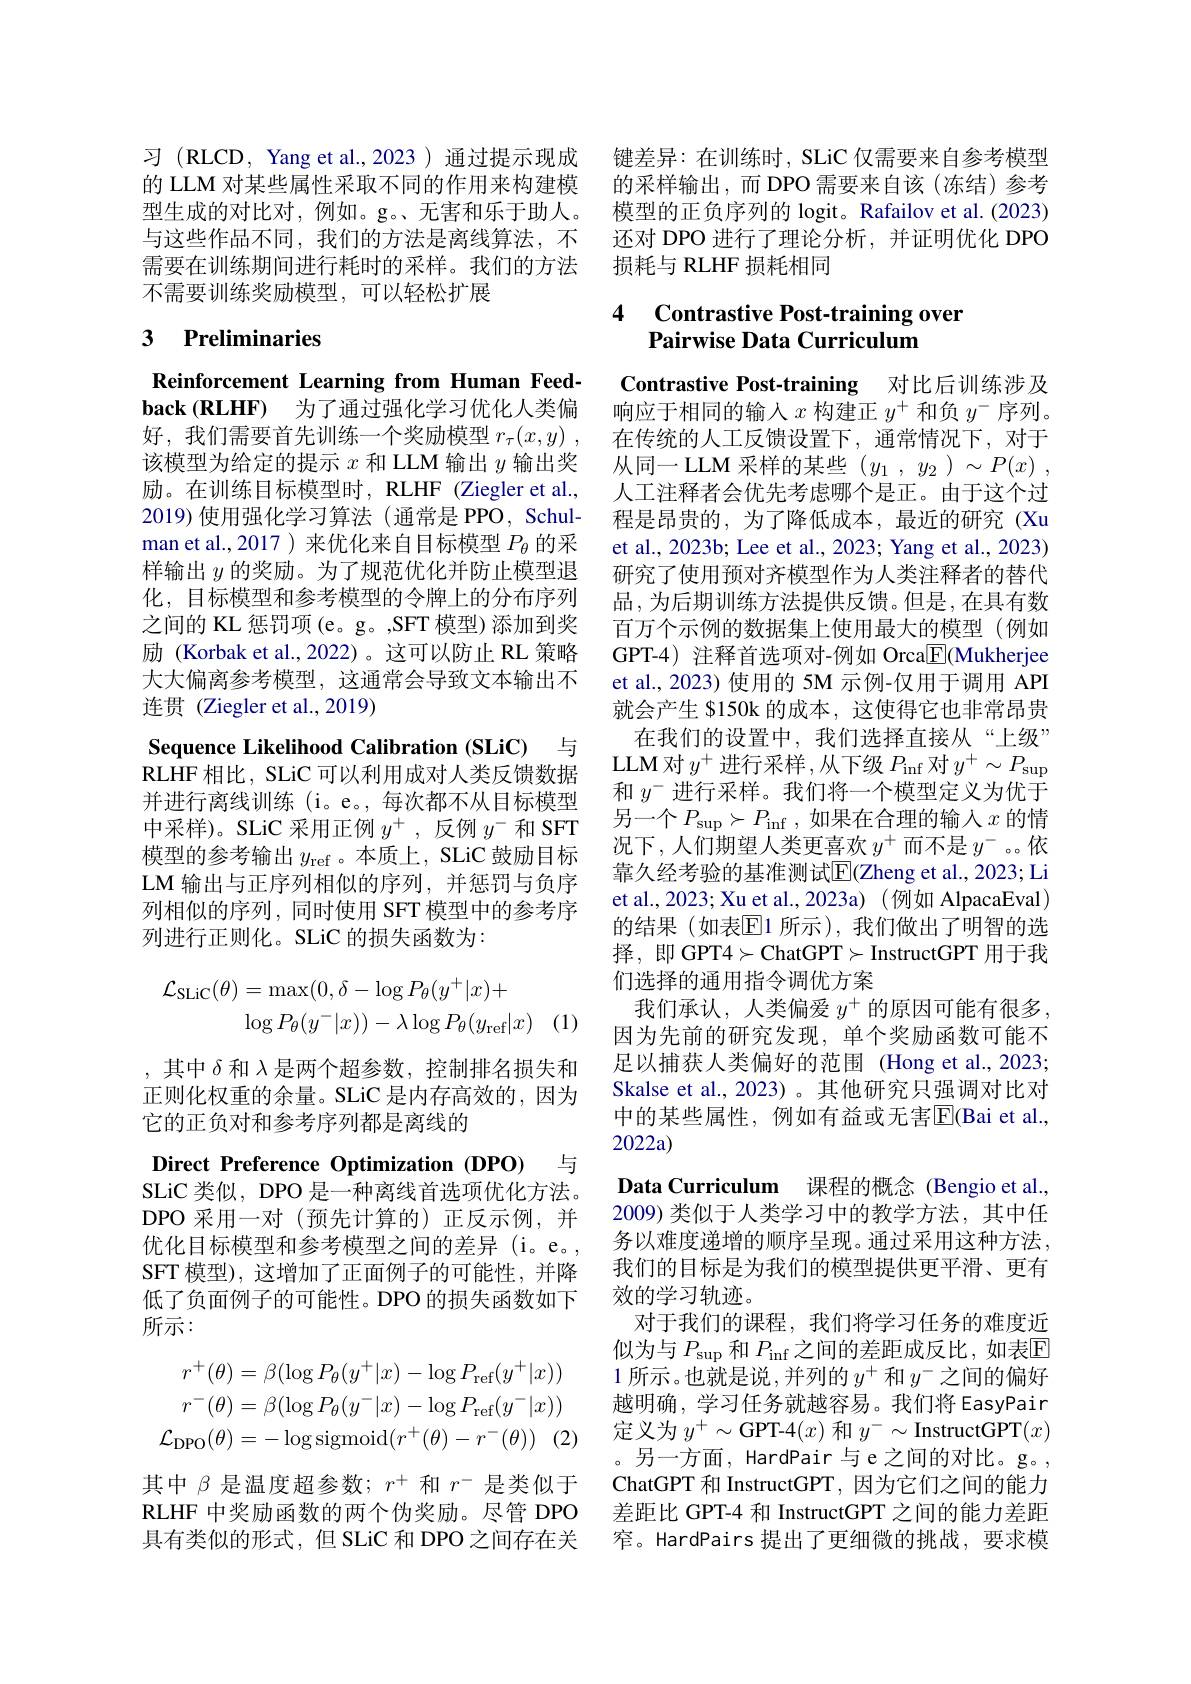
不需要训练奖励模型，可以轻松扩展

# 3 Preliminaries

Reinforcement Learning from Human Feed- $\textbf{back }( \mathbf{RLHF})$ 为了通过强化学习优化人类偏好，我们需要首先训练一个奖励模型 $r_\tau ( x, y)$ , 在传统的人工反馈设置下，通常情况下，对于
该模型为给定的提示$x$和 LLM 输出$y$输出奖励。在训练目标模型时，RLHF (Ziegler et al., 2019)使用强化学习算法 (通常是 PPO, Schulman et al.,2017 ) 来优化来自目标模型$P_{\theta}$的采样输出$y$的奖励。为了规范优化并防止模型退化，目标模型和参考模型的令牌上的分布序列之间的 KL 惩罚项 (e。g。,SFT 模型) 添加到奖励 (Korbak et al.,2022)。这可以防止 RL 策略大大偏离参考模型，这通常会导致文本输出不连贯 (Ziegler et al.,2019)

Sequence Likelihood Calibration (SLiC) 与

RLHF相比，SLiC 可以利用成对人类反馈数据并进行离线训练(i。e。,每次都不从目标模型中采样)。SLiC 采用正例$y^+$,反例$y^-$和 SFT 模型的参考输出$y_\mathrm{ref}$ 。本质上，SLiC 鼓励目标LM 输出与正序列相似的序列，并惩罚与负序列相似的序列，同时使用 SFT 模型中的参考序列进行正则化。SLiC 的损失函数为：
$$\begin{aligned}\mathcal{L}_{\mathrm{SLiC}}(\theta)&=\max(0,\delta-\log P_{\theta}(y^{+}|x)+\\&\log P_{\theta}(y^{-}|x))-\lambda\log P_{\theta}(y_{\mathrm{ref}}|x)\end{aligned}$$
,其中$\delta$和$\lambda$是两个超参数，控制排名损失和正则化权重的余量。SLiC 是内存高效的，因为它的正负对和参考序列都是离线的

Direct Preference Optimization (DPO) 与

SLiC 类似，DPO 是一种离线首选项优化方法。DPO 采用一对(预先计算的)正反示例，并优化目标模型和参考模型之间的差异(i。e。, SFT 模型), 这增加了正面例子的可能性，并降低了负面例子的可能性。DPO 的损失函数如下所示：
$$\begin{aligned}r^{+}(\theta)&=\beta(\log P_{\theta}(y^{+}|x)-\log P_{\mathrm{ref}}(y^{+}|x))\\r^{-}(\theta)&=\beta(\log P_{\theta}(y^{-}|x)-\log P_{\mathrm{ref}}(y^{-}|x))\\\mathcal{L}_{\mathrm{DPO}}(\theta)&=-\log\mathrm{sigmoid}(r^{+}(\theta)-r^{-}(\theta))\quad(2\end{aligned}$$
其中$\beta$是温度超参数；$r^+$和$r^-$是类似于

习 (RLCD, Yang et al., 2023 ) 通过提示现成 键差异：在训练时，SLiC 仅需要来自参考模型的 LLM 对某些属性采取不同的作用来构建模 的采样输出，而 DPO 需要来自该 (冻结)参考型生成的对比对，例如。g。无害和乐于助人。模型的正负序列的 logit。Rafailov et al.(2023) 与这些作品不同，我们的方法是离线算法，不 还对 DPO 进行了理论分析，并证明优化 DPO 需要在训练期间进行耗时的采样。我们的方法 损耗与 RLHF 损耗相同

### 4 $\textbf{Contrastive Post- training over}$ Pairwise Data Curriculum

Contrastive Post-training 对比后训练涉及响应于相同的输入$x$构建正$y^+$和负$y^-$序列。从同一 LLM 采样的某些$( y_1$ , $y_2$ $) \sim P( x)$ , 人工注释者会优先考虑哪个是正。由于这个过程是昂贵的，为了降低成本，最近的研究(Xu et al., 2023b; Lee et al., 2023; Yang et al., 2023) 研究了使用预对齐模型作为人类注释者的替代品 , 为后期训练方法提供反馈。但是 , 在具有数百万个示例的数据集上使用最大的模型(例如GPT-4) 注释首选项对-例如 Orca$\overline{\mathrm{E}}($Mukherjee et al., 2023) 使用的 5M 示例-仅用于调用 API 就会产生 8150k 的成本，这使得它也非常昂贵
在我们的设置中，我们选择直接从“上级” LLM 对$y^+$进行采样，从下级$P_\mathrm{inf}$对$y^+\sim P_\mathrm{sup}$ 和$y^-$进行采样。我们将一个模型定义为优于另一个$P_\mathrm{sup}\succ P_\mathrm{inf}$,如果在合理的输入$x$的情况下，人们期望人类更喜欢$y^+$而不是$y^-$ 。依靠久经考验的基准测试$\overline{\mathrm{E}}($Zheng et al., 2023; Li et al., 2023; Xu et al., 2023a) (例如 AlpacaEval) 的结果(如表[E]1 所示),我们做出了明智的选择，即 GPT4$\succ$ChatGPT$\succ$InstructGPT 用于我们选择的通用指令调优方案
我们承认，人类偏爱$y^+$的原因可能有很多因为先前的研究发现，单个奖励函数可能不足以捕获人类偏好的范围 (Hong et al.,2023; Skalse et al., 2023) 。其他研究只强调对比对中的某些属性，例如有益或无害$\mathbb{E}($Bai et al., 2022a)
Data Curriculum 课程的概念 (Bengio et al., 2009) 类似于人类学习中的教学方法，其中任务以难度递增的顺序呈现。通过采用这种方法。我们的目标是为我们的模型提供更平滑、更有效的学习轨迹。
对于我们的课程，我们将学习任务的难度近似为与 $P_\mathrm{sup}$ 和 $P_\mathrm{inf}$之间的差距成反比，如表$\mathbb{E}$ 1 所示。也就是说，并列的$y^+$和$y^-$之间的偏好越明确，学习任务就越容易。我们将 EasyPair 定义为$y^+\sim$GPT-4$(x)$和$y^-\sim$InstructGPT$(x)$ 。另一方面，HardPair 与e之间的对比。g。, ChatGPT 和 InstructGPT, 因为它们之间的能力
RLHF 中奖励函数的两个伪奖励。尽管 DPO 差距比 GPT-4 和 InstructGPT 之间的能力差距具有类似的形式，但 SLiC 和 DPO 之间存在关 窄。HardPairs 提出了更细微的挑战，要求模